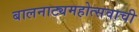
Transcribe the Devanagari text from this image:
बालनाट्यमहोत्सवाची